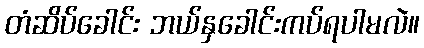
တံဆိပ်ခေါင်း ဘယ်နှခေါင်းကပ်ရပါမလဲ။